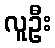
လူဦး